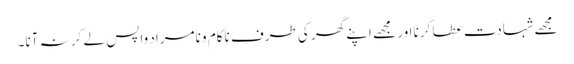
مجھے شہادت عطا کرنا اور مجھے اپنے گھر کی طرف ناکام و نامراد واپس لے کر نہ آنا۔